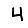
Digit: 4